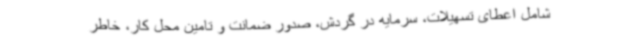
شامل اعطای تسهیلات، سرمایه در گردش، صدور ضمانت و تامین محل کار، خاطر